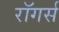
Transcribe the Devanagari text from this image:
रॉगर्स